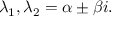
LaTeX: \lambda _ { 1 } , \lambda _ { 2 } = \alpha \pm \beta i .